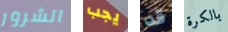
الشرور يجب قد بالكرة